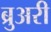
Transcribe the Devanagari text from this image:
ब्रुअरी